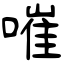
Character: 嗺